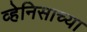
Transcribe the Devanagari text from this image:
व्हेनिसाच्या